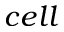
c e l l